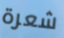
شعرة